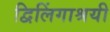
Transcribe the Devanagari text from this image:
द्विलिंगाश्रयी